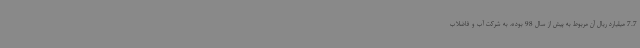
7.7 میلیارد ریال آن مربوط به پیش از سال 98 بوده، به شرکت آب و فاضلاب